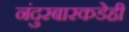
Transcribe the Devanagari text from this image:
नंदुरबारकडेही